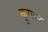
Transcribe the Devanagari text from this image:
क्रूपवर